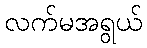
လက်မအရွယ်